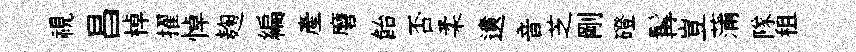
視昌棹擢悼麹編產磨飴否柔遺音芝剛磴髯豈蒲隊租